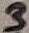
Text: 3